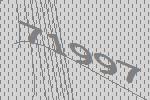
71997